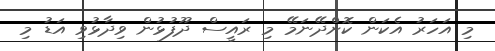
މި އަހަރު އެކަން ކޮށްދޭނަމޭ މި ރައީސް ދޫފުޅުން ވިދާޅުވި އަޑު މި